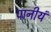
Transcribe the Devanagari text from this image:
पानीयं